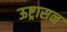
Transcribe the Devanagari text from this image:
ऊष्ट्रासन